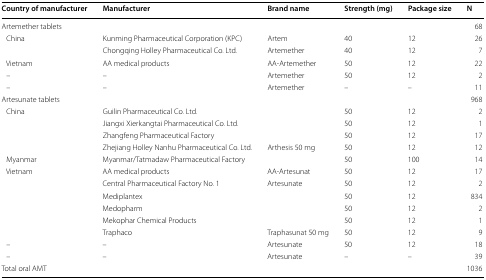
<table><thead><tr><td><b>Country of manufacturer</b></td><td><b>Manufacturer</b></td><td><b>Brand name</b></td><td><b>Strength (mg)</b></td><td><b>Package size</b></td><td><b>N</b></td></tr></thead><tbody><tr><td>Artemether tablets</td><td></td><td></td><td></td><td></td><td>68</td></tr><tr><td rowspan="2"> China</td><td>Kunming Pharmaceutical Corporation (KPC)</td><td>Artem</td><td>40</td><td>12</td><td>26</td></tr><tr><td>Chongqing Holley Pharmaceutical Co. Ltd.</td><td>Artemether</td><td>40</td><td>12</td><td>7</td></tr><tr><td> Vietnam</td><td>AA medical products</td><td>AA-Artemether</td><td>50</td><td>12</td><td>22</td></tr><tr><td> –</td><td>–</td><td>Artemether</td><td>50</td><td>12</td><td>2</td></tr><tr><td> –</td><td>–</td><td>Artemether</td><td>–</td><td>–</td><td>11</td></tr><tr><td>Artesunate tablets</td><td></td><td></td><td></td><td></td><td>968</td></tr><tr><td rowspan="4"> China</td><td>Guilin Pharmaceutical Co. Ltd.</td><td></td><td>50</td><td>12</td><td>2</td></tr><tr><td>Jiangxi Xierkangtai Pharmaceutical Co. Ltd.</td><td></td><td>50</td><td>12</td><td>1</td></tr><tr><td>Zhangfeng Pharmaceutical Factory</td><td></td><td>50</td><td>12</td><td>17</td></tr><tr><td>Zhejiang Holley Nanhu Pharmaceutical Co. Ltd.</td><td>Arthesis 50 mg</td><td>50</td><td>12</td><td>12</td></tr><tr><td> Myanmar</td><td>Myanmar/Tatmadaw Pharmaceutical Factory</td><td></td><td>50</td><td>100</td><td>14</td></tr><tr><td rowspan="6"> Vietnam</td><td>AA medical products</td><td>AA-Artesunat</td><td>50</td><td>12</td><td>17</td></tr><tr><td>Central Pharmaceutical Factory No. 1</td><td>Artesunate</td><td>50</td><td>12</td><td>2</td></tr><tr><td>Mediplantex</td><td></td><td>50</td><td>12</td><td>834</td></tr><tr><td>Medopharm</td><td></td><td>50</td><td>12</td><td>2</td></tr><tr><td>Mekophar Chemical Products</td><td></td><td>50</td><td>12</td><td>1</td></tr><tr><td>Traphaco</td><td>Traphasunat 50 mg</td><td>50</td><td>12</td><td>9</td></tr><tr><td> –</td><td>–</td><td>Artesunate</td><td>50</td><td>12</td><td>18</td></tr><tr><td> –</td><td>–</td><td>Artesunate</td><td>–</td><td>–</td><td>39</td></tr><tr><td>Total oral AMT</td><td></td><td></td><td></td><td></td><td>1036</td></tr></tbody></table>